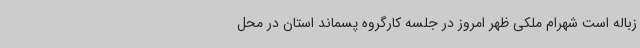
زباله است شهرام ملکی ظهر امروز در جلسه کارگروه پسماند استان در محل